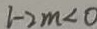
1 - 2 m < 0